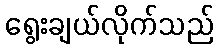
ရွေးချယ်လိုက်သည်